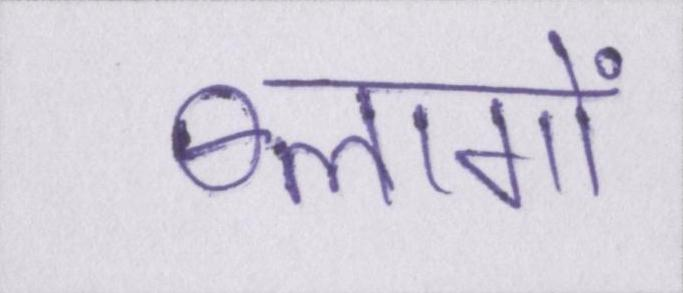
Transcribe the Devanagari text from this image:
ब्लागों